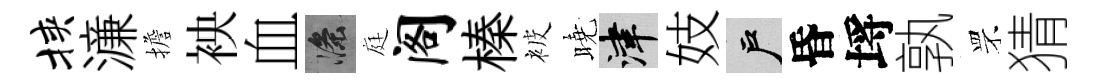
挟濓擔䘧血滌庭阁榛被曉津妓户昏埓孰罘猜